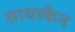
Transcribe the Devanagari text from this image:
सायस्कैन